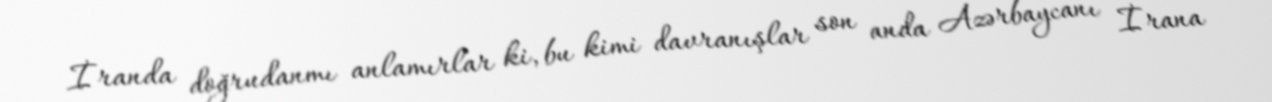
İranda doğrudanmı anlamırlar ki, bu kimi davranışlar son anda Azərbaycanı İrana